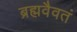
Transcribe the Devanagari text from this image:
ब्रह्मवैवतं